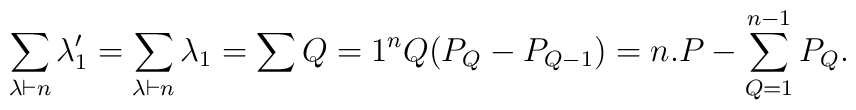
\sum_{\lambda \vdash n } \lambda_1'=\sum_{\lambda \vdash n } \lambda_1=\sum{Q=1}^n Q (P_Q - P_{Q-1} )=n.P - \sum_{Q=1}^{n-1} P_Q{}.